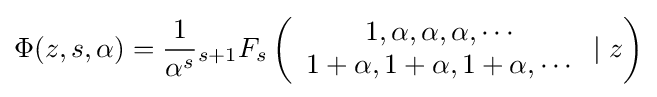
\Phi (z,s,\alpha )={\frac {1}{\alpha ^{s}}}{}_{s+1}F_{s}\left({\begin{array}{c}1,\alpha ,\alpha ,\alpha ,\cdots \\1+\alpha ,1+\alpha ,1+\alpha ,\cdots \\\end{array}}\mid z\right)